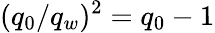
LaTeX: (q_{0}/q_{w})^{2}=q_{0}-1